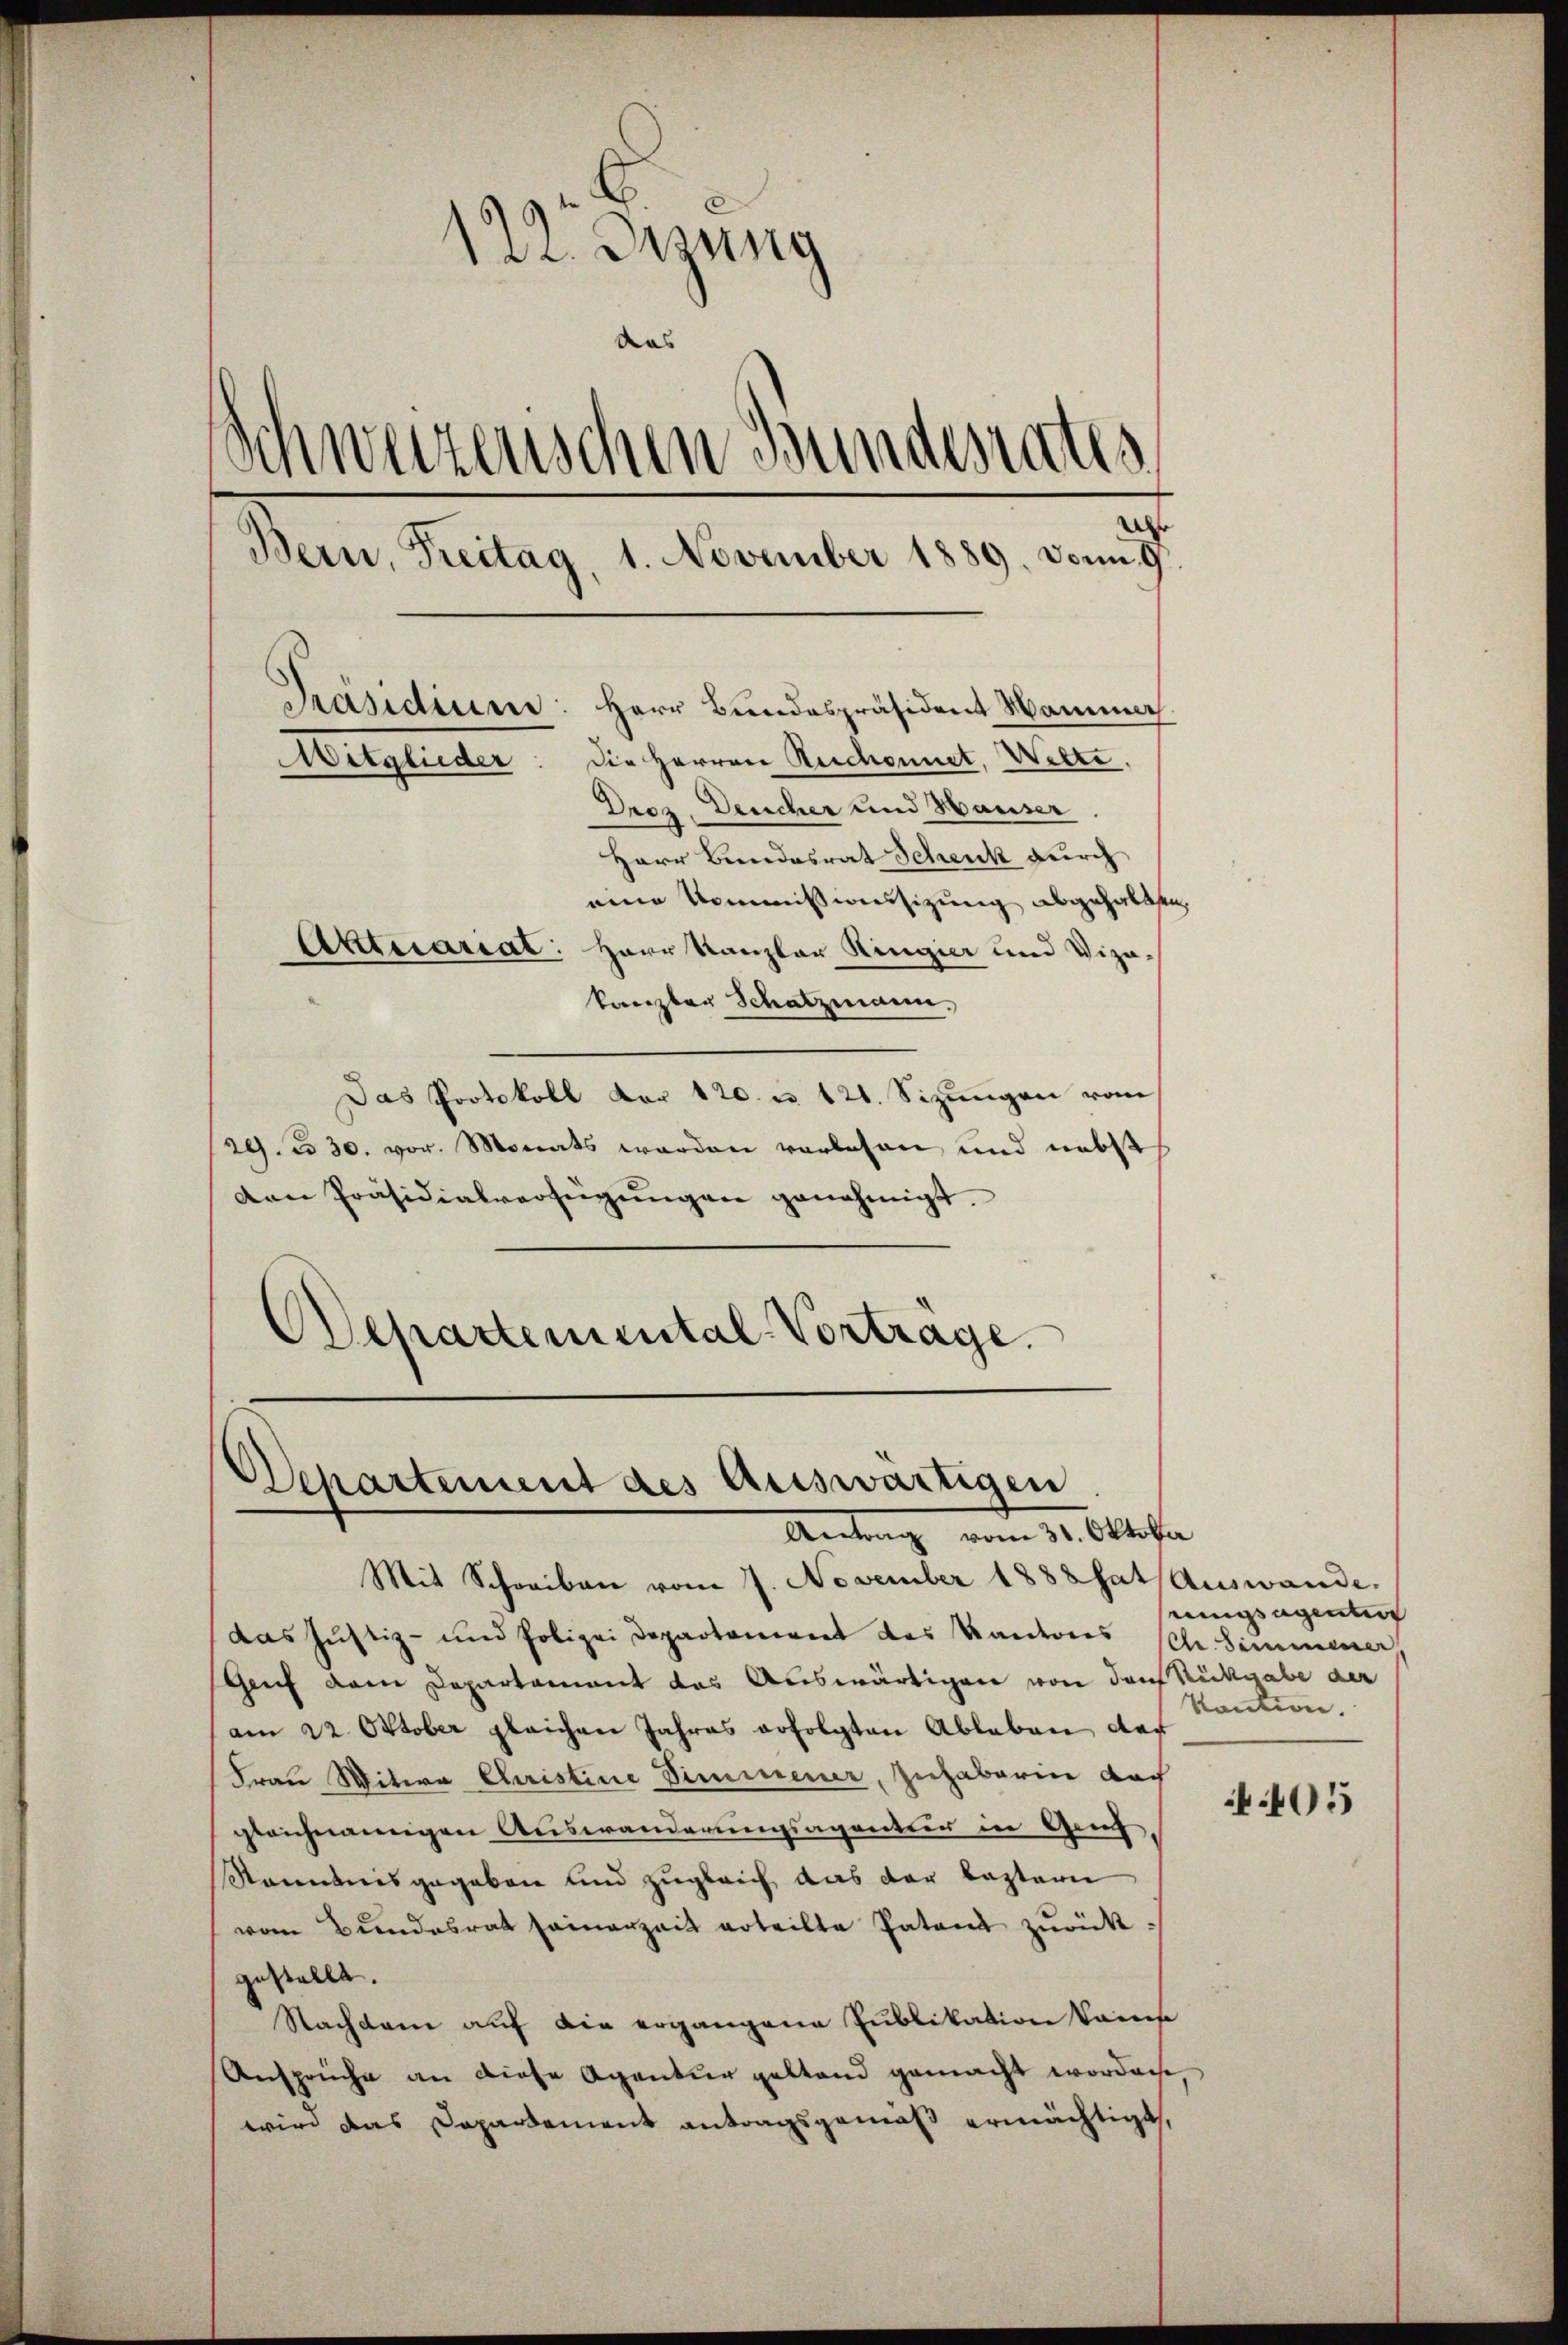
122. Jung
das
Schweizerischen Bundesrates
Bern, Freitag, 1. November 1889. vom 7te
Präsidium: Herr Bundespräsident Hammer
Die Herren Reschonnet, Wette.
Heglicher
Droz. Deucher und Hauser

Herr Bundesrat Schenk durch
eine Kommissionssizung abgehalten,
Aktuariat:
Harr Kanzlau Ringier und Vizakanzler Schatzmann.
Das Protokoll der 120. u 121. Sizungen vom
29. No 30. vor. Monats werden vorlesen und nebst
den Präsidialverfügŭngen genehmigt.
Departemental-Vortrage.

Mit Schreiben vom 7. November 1888 hat Auswande
das Justiz- und Polizei Departement des Kantons Sch. Simmener
Genf dem Departement das Auswärtigen von darf Rückgabe der
am 22. Oktober gleichen Jahres erfolgten Ableben der
Frau Witwe Christine Simmener, Zuhaberin doch
gleichnamigen Auswanderungsagentur in Genf
Kenntnisgegeben und zugleich das der leztern
vom Bundesrat seinerzeit erteilte Patent zŭrück:
gestellt.
Nachdem auf die ergangene Publikation kannes
Ansprüche an diese Agentur gestand gemacht worden.
wird das Departement antragsgemäß ermächtigt,

Departement des Auswärtigen
Antrag vom 31. Oktober

rungsagenten
kaution.

405